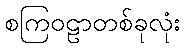
စကြဝဠာတစ်ခုလုံး